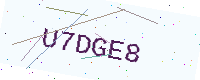
Text: U7DGE8